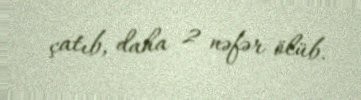
çatıb, daha 2 nəfər ölüb.